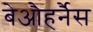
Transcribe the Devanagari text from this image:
बेऔहर्नैस